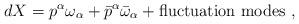
LaTeX: \begin{align*}dX = p^\alpha \omega_\alpha +\bar{p}^\alpha \bar{\omega}_\alpha + {\rm fluctuation ~ modes} ~ , \end{align*}